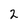
Character: 2